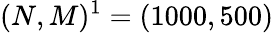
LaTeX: (N,M)^{1}=(1000,500)